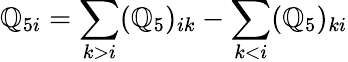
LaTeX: \mathbb{Q}_{5i}=\sum_{k>i}(\mathbb{Q}_{5})_{ik}-\sum_{k<i}(\mathbb{Q}_{5})_{ki}